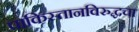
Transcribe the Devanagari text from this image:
पाकिस्तानविरुद्धचा